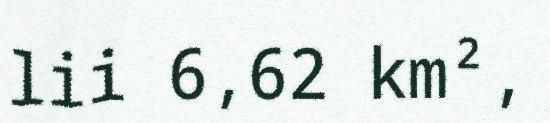
lii 6,62 km²,